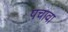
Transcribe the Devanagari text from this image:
पचावा